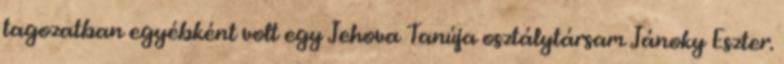
tagozatban egyébként volt egy Jehova Tanúja osztálytársam Jánoky Eszter.